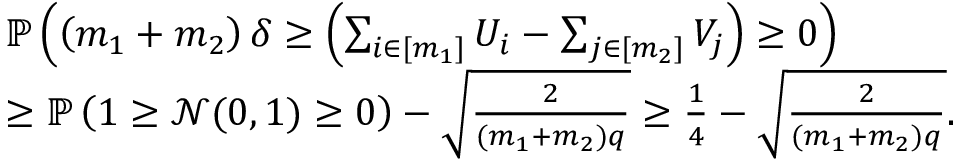
\begin{array} { r l } & { \mathbb { P } \left( \left( m _ { 1 } + m _ { 2 } \right) \delta \geq \left( \sum _ { i \in [ m _ { 1 } ] } U _ { i } - \sum _ { j \in [ m _ { 2 } ] } V _ { j } \right) \geq 0 \right) } \\ & { \geq \mathbb { P } \left( 1 \geq \mathcal { N } ( 0 , 1 ) \geq 0 \right) - \sqrt { \frac { 2 } { ( m _ { 1 } + m _ { 2 } ) q } } \geq \frac { 1 } { 4 } - \sqrt { \frac { 2 } { ( m _ { 1 } + m _ { 2 } ) q } } . } \end{array}